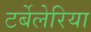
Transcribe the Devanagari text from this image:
टर्बेलेरिया